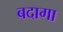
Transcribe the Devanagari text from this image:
बदागा